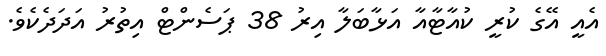
އެއީ އޭގެ ކުރީ ކުއާޓާއާ އަޅާބަލާ އިރު 38 ޕަސެންޓް އިތުރު އަދަދެކެވެ.